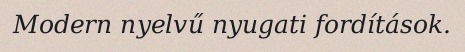
Modern nyelvű nyugati fordítások.